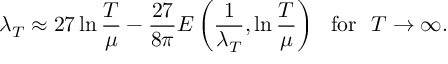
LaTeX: \lambda _ { T } \approx 2 7 \ln \frac { T } { \mu } - \frac { 2 7 } { 8 \pi } { \cal E } \left( \frac { 1 } { \lambda _ { T } } , \ln \frac { T } { \mu } \right) ~ ~ \mathrm { f o r } ~ ~ T \rightarrow \infty .